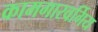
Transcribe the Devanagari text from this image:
कामगारवर्गिय